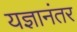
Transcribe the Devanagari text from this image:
यज्ञानंतर